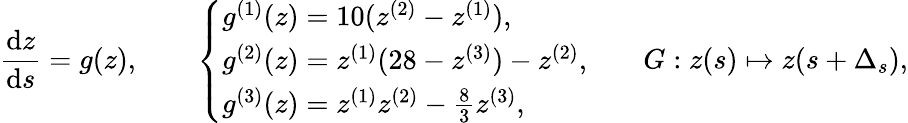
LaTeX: \frac{\mathrm{d}z}{\mathrm{d}s}=g(z),\quad\quad\left\{ \begin{array}{ll}{g^{(1)}(z)=10(z^{(2)}-z^{(1)}),}\\ {g^{(2)}(z)=z^{(1)}(28-z^{(3)})-z^{(2)},}\\ {g^{(3)}(z)=z^{(1)}z^{(2)}-\frac{8}{3}z^{(3)},}\end{array}\right.\quad\quad G:z(s)\mapsto z(s+\Delta_{s}),